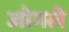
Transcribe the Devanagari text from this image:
जोगले